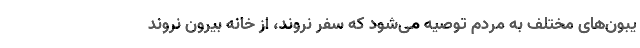
یبون‌های مختلف به مردم توصیه می‌شود که سفر نروند، از خانه بیرون نروند